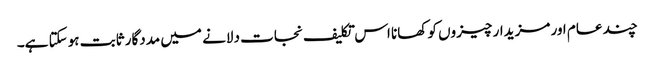
چند عام اور مزیدار چیزوں کو کھانا اس تکلیف نجات دلانے میں مددگار ثابت ہوسکتا ہے۔